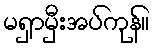
မရှာမှီးအပ်ကုန်။